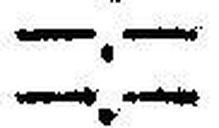
—.—